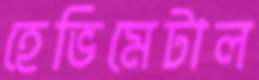
হেভিমেটাল